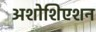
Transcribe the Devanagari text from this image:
अशोशिएशन